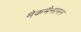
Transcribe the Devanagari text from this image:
मैकमैनामन